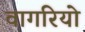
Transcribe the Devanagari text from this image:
वागरियो